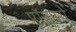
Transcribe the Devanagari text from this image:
प्रॉस्परो